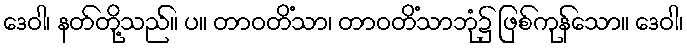
ဒေဝါ၊ နတ်တို့သည်။ ပ။ တာဝတိံသာ၊ တာဝတိံသာဘုံ၌ ဖြစ်ကုန်သော။ ဒေဝါ၊